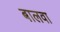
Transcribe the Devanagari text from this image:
बालवा